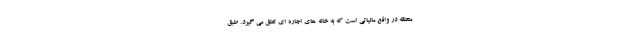
متعلقه در واقع مالیاتی است که به خانه های اجاره ای تعلق می گیرد. طبق